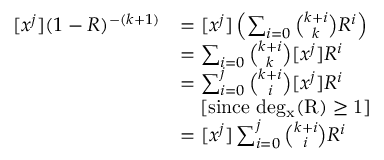
\begin{array} { r l } { [ x ^ { j } ] ( 1 - R ) ^ { - ( k + 1 ) } } & { = [ x ^ { j } ] \left( \sum _ { i = 0 } { \binom { k + i } { k } } R ^ { i } \right) } \\ & { = \sum _ { i = 0 } { \binom { k + i } { k } } [ x ^ { j } ] R ^ { i } } \\ & { = \sum _ { i = 0 } ^ { j } { \binom { k + i } { i } } [ x ^ { j } ] R ^ { i } } \\ & { \ \ \ [ \mathrm { s i n c e ~ d e \ensuremath { g _ { x } } ( R ) \ensuremath { \geq 1 } } ] } \\ & { = [ x ^ { j } ] \sum _ { i = 0 } ^ { j } { \binom { k + i } { i } } R ^ { i } } \end{array}